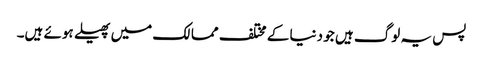
پس یہ لوگ ہیں جو دنیا کے مختلف ممالک میں پھیلے ہوئے ہیں۔